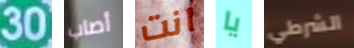
30 أصاب انت يا الشرطي